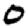
Digit: 0